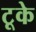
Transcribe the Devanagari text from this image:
टूके